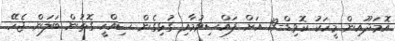
އޮމަދޫއިން މީހަކު ކޮވިޑް-19 އަށް ފައްސިވުމާއި ގުޅިގެން ސިއްހީ ގޮތުން ބަލަން ޖެހޭ